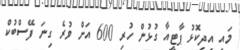
މައި އިދިކޮޅު ޕާޓީއާ ގުޅުން ހުރި 600 އަށް ވުރެ ގިނަ ފޭސްބުކް